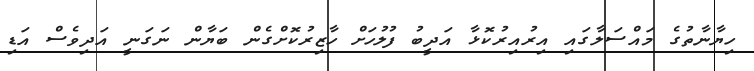
ހިޔާނާތުގެ މައްސަލާގައި އިރުއިރުކޮޅާ އަދީބު ފުލުހަށް ހާޒިރުކޮށްގެން ބަޔާން ނަގަނީ އަދިވެސް އަޑި